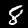
Digit: 8